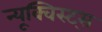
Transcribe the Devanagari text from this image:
न्यूक्विस्ट्स